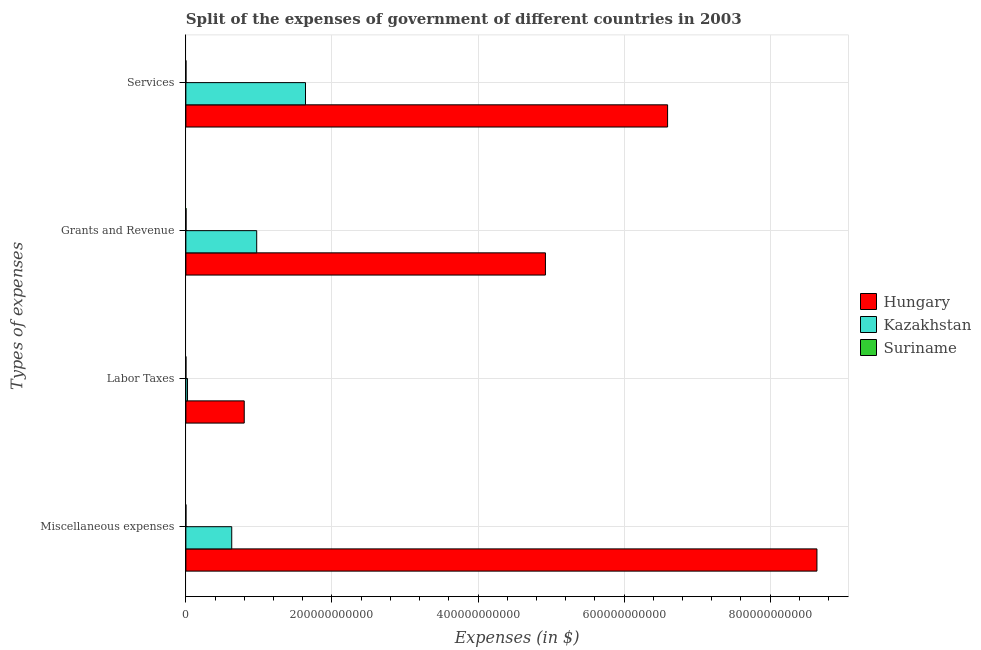
| Types of expenses | Hungary | Kazakhstan | Suriname |
 | --- | --- | --- | --- |
 | Miscellaneous expenses | 8.64e+11 | 6.28e+10 | 4.59e+07 |
 | Labor Taxes | 7.99e+10 | 2.24e+09 | 3.84e+07 |
 | Grants and Revenue | 4.92e+11 | 9.7e+10 | 2.09e+08 |
 | Services | 6.6e+11 | 1.64e+11 | 1.02e+08 |